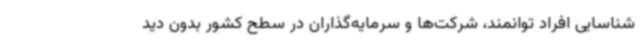
شناسایی افراد توانمند، شرکت‌ها و سرمایه‌گذاران در سطح کشور بدون دید